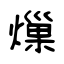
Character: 𤍒